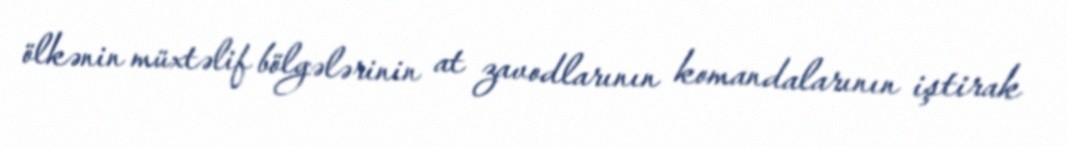
ölkənin müxtəlif bölgələrinin at zavodlarının komandalarının iştirak